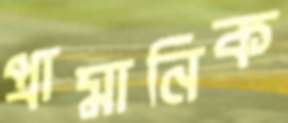
প্রামানিক